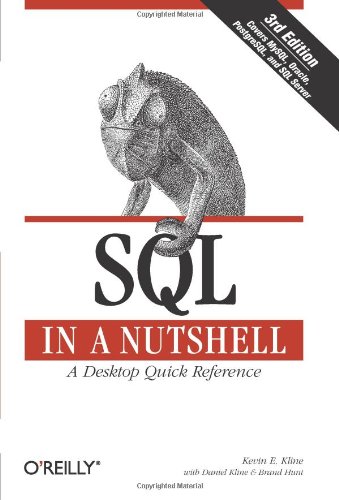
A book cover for SQL in a Nutshell (In a Nutshell (O'Reilly)); Kevin Kline; Computers & Technology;